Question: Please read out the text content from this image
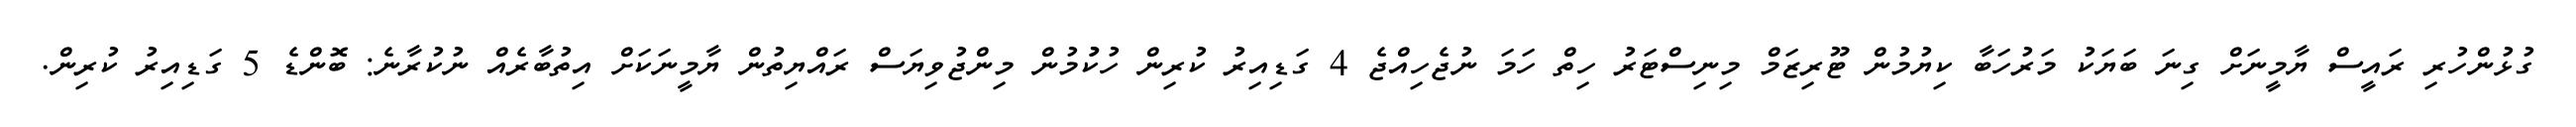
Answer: ގުޅުންހުރި ރައީސް ޔާމީނަށް ގިނަ ބަޔަކު މަރުހަބާ ކިޔުމުން ޓޫރިޒަމް މިނިސްޓަރު ހިތް ހަމަ ނުޖެހިއްޖެ 4 ގަޑިއިރު ކުރިން ހުކުުމުން މިންޖުވިޔަސް ރައްޔިތުން ޔާމީނަކަށް އިތުބާރެއް ނުކުރާނެ: ބޮންޑެ 5 ގަޑިއިރު ކުރިން.